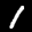
Label: 1